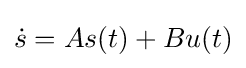
{\dot {s}}=As(t)+Bu(t)